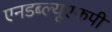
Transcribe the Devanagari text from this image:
एनडब्ल्यूएफपी